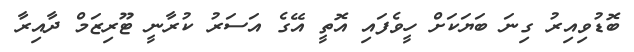
ބޮޑުވިއިރު ގިނަ ބަޔަކަށް ހީވެފައި އޮތީ އޭގެ އަަސަރު ކުރާނީ ޓޫރިޒަމް ދާއިރާ